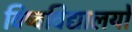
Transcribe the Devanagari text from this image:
विष्वविद्यालयों